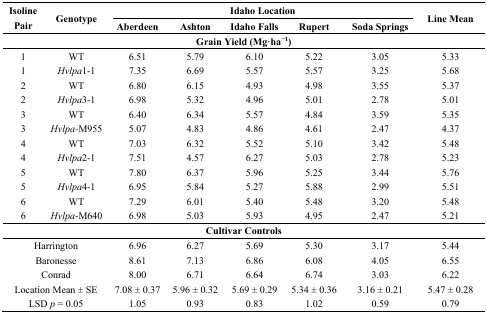
<table><thead><tr><td rowspan="2"><b>Isoline Pair</b></td><td rowspan="2"><b>Genotype</b></td><td colspan="5"><b>Idaho Location</b></td><td rowspan="2"><b>Line Mean</b></td></tr><tr><td><b>Aberdeen</b></td><td><b>Ashton</b></td><td><b>Idaho Falls</b></td><td><b>Rupert</b></td><td><b>Soda Springs</b></td></tr></thead><tbody><tr><td colspan="8"><b>Grain Yield (Mg·ha<sup>−1</sup>)</b></td></tr><tr><td>1</td><td>WT</td><td>6.51</td><td>5.79</td><td>6.10</td><td>5.22</td><td>3.05</td><td>5.33</td></tr><tr><td>1</td><td><i>Hvlpa</i>1-1</td><td>7.35</td><td>6.69</td><td>5.57</td><td>5.57</td><td>3.25</td><td>5.68</td></tr><tr><td>2</td><td>WT</td><td>6.80</td><td>6.15</td><td>4.93</td><td>4.98</td><td>3.55</td><td>5.37</td></tr><tr><td>2</td><td><i>Hvlpa</i>3-1</td><td>6.98</td><td>5.32</td><td>4.96</td><td>5.01</td><td>2.78</td><td>5.01</td></tr><tr><td>3</td><td>WT</td><td>6.40</td><td>6.34</td><td>5.57</td><td>4.84</td><td>3.59</td><td>5.35</td></tr><tr><td>3</td><td><i>Hvlpa-</i>M955</td><td>5.07</td><td>4.83</td><td>4.86</td><td>4.61</td><td>2.47</td><td>4.37</td></tr><tr><td>4</td><td>WT</td><td>7.03</td><td>6.32</td><td>5.52</td><td>5.10</td><td>3.42</td><td>5.48</td></tr><tr><td>4</td><td><i>Hvlpa</i>2-1</td><td>7.51</td><td>4.57</td><td>6.27</td><td>5.03</td><td>2.78</td><td>5.23</td></tr><tr><td>5</td><td>WT</td><td>7.80</td><td>6.37</td><td>5.96</td><td>5.25</td><td>3.44</td><td>5.76</td></tr><tr><td>5</td><td><i>Hvlpa</i>4-1</td><td>6.95</td><td>5.84</td><td>5.27</td><td>5.88</td><td>2.99</td><td>5.51</td></tr><tr><td>6</td><td>WT</td><td>7.29</td><td>6.01</td><td>5.40</td><td>5.48</td><td>3.20</td><td>5.48</td></tr><tr><td>6</td><td><i>Hvlpa</i>-M640</td><td>6.98</td><td>5.03</td><td>5.93</td><td>4.95</td><td>2.47</td><td>5.21</td></tr><tr><td colspan="8"><b>Cultivar Controls</b></td></tr><tr><td colspan="2">Harrington</td><td>6.96</td><td>6.27</td><td>5.69</td><td>5.30</td><td>3.17</td><td>5.44</td></tr><tr><td colspan="2">Baronesse</td><td>8.61</td><td>7.13</td><td>6.86</td><td>6.08</td><td>4.05</td><td>6.55</td></tr><tr><td colspan="2">Conrad</td><td>8.00</td><td>6.71</td><td>6.64</td><td>6.74</td><td>3.03</td><td>6.22</td></tr><tr><td colspan="2">Location Mean ± SE</td><td>7.08 ± 0.37</td><td>5.96 ± 0.32</td><td>5.69 ± 0.29</td><td>5.34 ± 0.36</td><td>3.16 ± 0.21</td><td>5.47 ± 0.28</td></tr><tr><td colspan="2">LSD <i>p</i> = 0.05</td><td>1.05</td><td>0.93</td><td>0.83</td><td>1.02</td><td>0.59</td><td>0.79</td></tr></tbody></table>